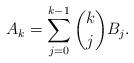
LaTeX: \begin{align*} A_k = \sum_{j=0}^{k-1} \binom{k}{j} B_j.\end{align*}